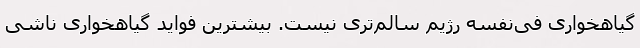
گیاهخواری فی‌نفسه رژیم سالم‌تری نیست. بیشترین فواید گیاهخواری ناشی